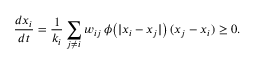
\frac { d x _ { i } } { d t } = \frac { 1 } { k _ { i } } \sum _ { j \neq i } w _ { i j } \, \phi \big ( | x _ { i } - x _ { j } | \big ) \, ( x _ { j } - x _ { i } ) \geq 0 .